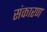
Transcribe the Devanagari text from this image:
संकारण